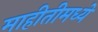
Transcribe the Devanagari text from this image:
माहीतीमध्ये